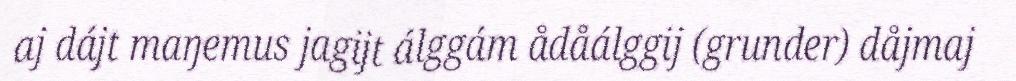
aj dájt maŋemus jagijt álggám ådåálggij (grunder) dåjmaj